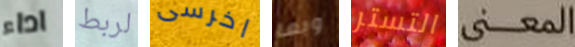
اداء لربط اخرسى وبما التستر المعنى